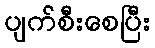
ပျက်စီးစေပြီး